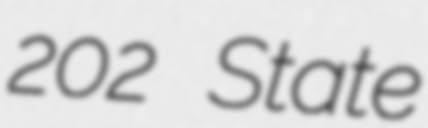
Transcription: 202 State